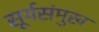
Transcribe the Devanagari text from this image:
सूर्यसंमुख